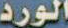
الورد